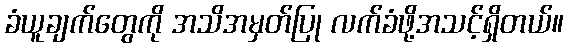
ခံယူချက်တွေကို အသိအမှတ်ပြု လက်ခံဖို့အသင့်ရှိတယ်။